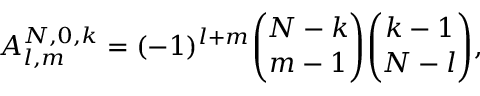
A _ { l , m } ^ { N , 0 , k } = ( - 1 ) ^ { l + m } { \binom { N - k } { m - 1 } } { \binom { k - 1 } { N - l } } ,